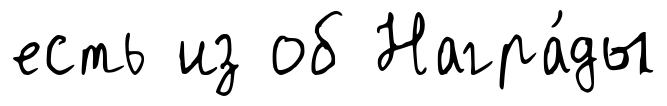
есть из об Награ́ды